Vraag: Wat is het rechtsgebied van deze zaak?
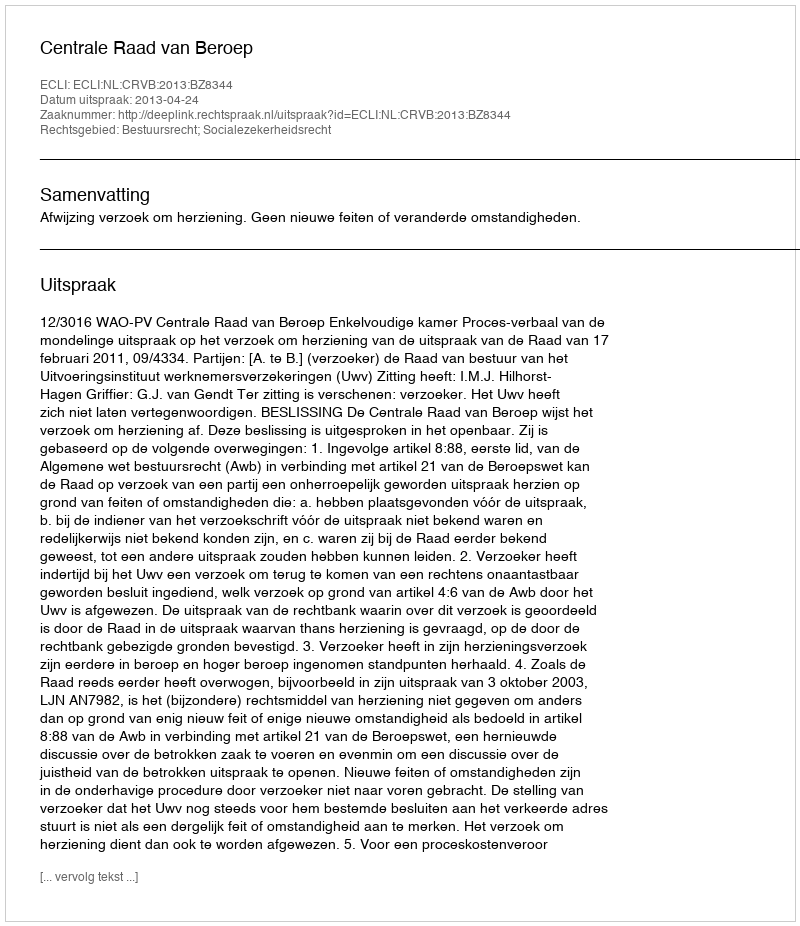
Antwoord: Bestuursrecht; Socialezekerheidsrecht